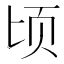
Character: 顷